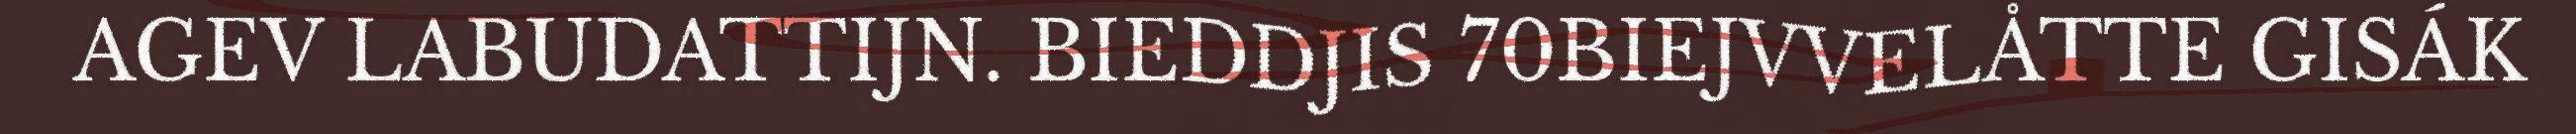
AGEV LABUDATTIJN. BIEDDJIS 70BIEJVVELÅTTE GISÁK